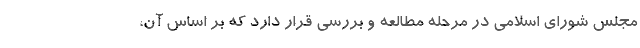
مجلس شورای اسلامی در مرحله مطالعه و بررسی قرار دارد که بر اساس آن،